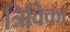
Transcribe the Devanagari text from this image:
त्रिविका